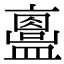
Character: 𥃂